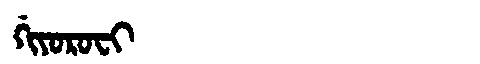
Manchu: ᡤᡳᠶᠣᡵᠣᠸᡳ
Romanization: GIYOROFI